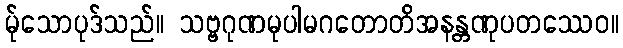
မု်သောပုဒ်သည်။ သဗ္ဗဂုဏမုပါမဂတောတိအနန္တဏုပတဿေဝ။